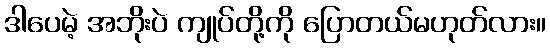
ဒါပေမဲ့ အဘိုးပဲ ကျုပ်တို့ကို ပြောတယ်မဟုတ်လား။